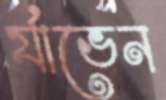
র‍্যাভেন